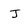
Character: J